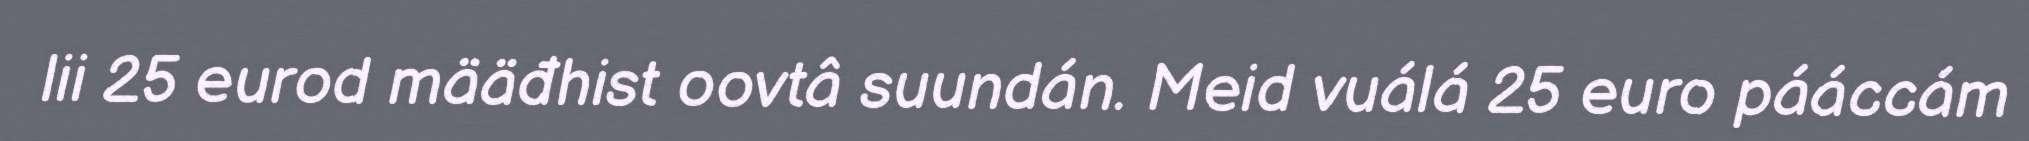
lii 25 eurod määđhist oovtâ suundán. Meid vuálá 25 euro pááccám